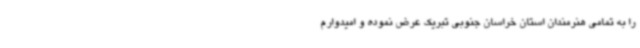
را به تمامی هنرمندان استان خراسان جنوبی تبریک عرض نموده و امیدوارم